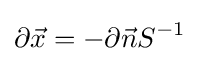
\partial {\vec {x}}=-\partial {\vec {n}}S^{-1}